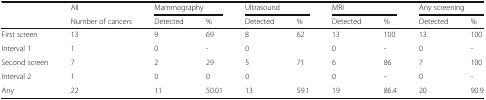
| <ROWSPAN=2>  | All | <COLSPAN=2> Mammography | <COLSPAN=2> Ultrasound | <COLSPAN=2> MRI | <COLSPAN=2> Any screening |
 | Number of cancers | Detected | % | Detected | % | Detected | % | Detected | % |
 | --- | --- | --- | --- | --- | --- | --- | --- | --- | --- |
 | First screen | 13 | 9 | 69 | 8 | 62 | 13 | 100 | 13 | 100 |
 | Interval 1 | 1 | 0 | - | 0 |  | 0 | - | 0 | - |
 | Second screen | 7 | 2 | 29 | 5 | 71 | 6 | 86 | 7 | 100 |
 | Interval 2 | 1 | 0 | 0 | 0 |  | 0 | - | 0 | - |
 | Any | 22 | 11 | 50.01 | 13 | 59.1 | 19 | 86.4 | 20 | 90.9 |